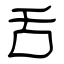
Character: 舌